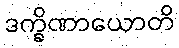
ဒက္ခိဏာယောတိ